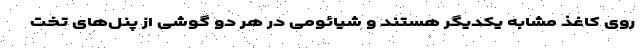
روی کاغذ مشابه یکدیگر هستند و شیائومی در هر دو گوشی از پنل‌های تخت